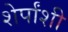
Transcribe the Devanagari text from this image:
शेर्पांशी